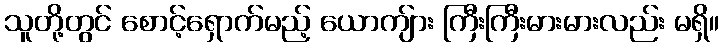
သူတို့တွင် စောင့်ရှောက်မည့် ယောကျ်ား ကြီးကြီးမားမားလည်း မရှိ။